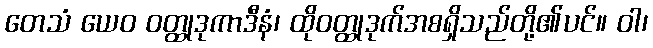
တေသံ ယေဝ ဝတ္ထုဒုကာဒီနံ၊ ထိုဝတ္ထုဒုက်အစရှိသည်တို့၏ပင်။ ဝါ၊